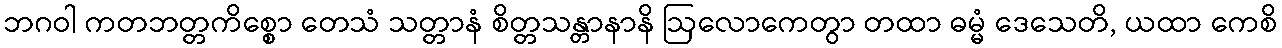
ဘဂဝါ ကတဘတ္တကိစ္စော တေသံ သတ္တာနံ စိတ္တသန္တာနာနိ ဩလောကေတွာ တထာ ဓမ္မံ ဒေသေတိ, ယထာ ကေစိ